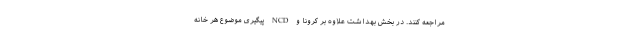
مراجعه کنند. در بخش بهداشت علاوه بر کرونا و NCD پیگیری موضوع هر خانه